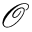
\mathcal { O }